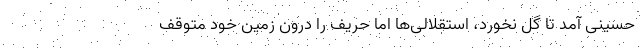
حسینی آمد تا گل نخورد، استقلالی‌ها اما حریف را درون زمین خود متوقف